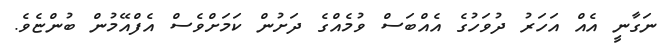
ނަގާނީ އެއް އަހަރު ދުވަހުގެ އެއްބަސް ވުމެއްގެ ދަށުން ކަމަށްވެސް އެފްއޭމުން ބުންޏެވެ.